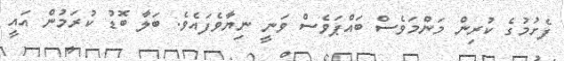
ފެށުމުގެ ކުރިން މަންމަވެސް ބައްޕަވެސް ވަނީ ނިޔާވެފައެވެ. ބަލާ ބޮޑު ކުރަމުން އައީ